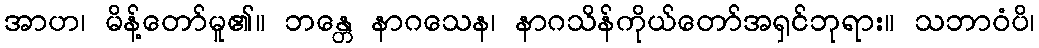
အာဟ၊ မိန့်တော်မူ၏။ ဘန္တေ နာဂသေန၊ နာဂသိန်ကိုယ်တော်အရှင်ဘုရား။ သဘာဝံပိ၊